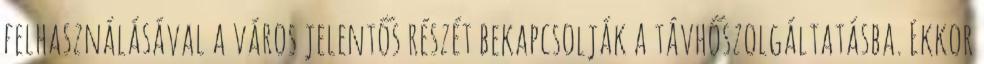
felhasználásával a város jelentős részét bekapcsolják a távhőszolgáltatásba. Ekkor